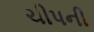
ચીપની